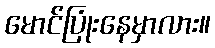
မောင်ပြုံးနေမှာလား။